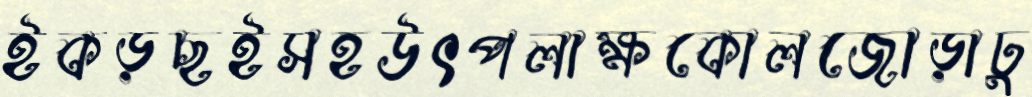
ইকড়ছইসহউৎপলাক্ষকোলজোড়াঢু